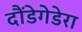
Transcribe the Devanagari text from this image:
दौंडेगेडेरा